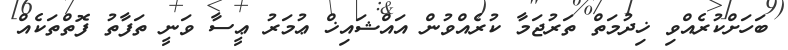
ބަހަށްކުރެއްވި ޚިދުމަތް ތަރުޖަމާ ކުރެއްވުން އައްޝައިޚް ޢުމަރު ޢީސާ ވަނީ ތަފާތު ފޮތްތަކެއް